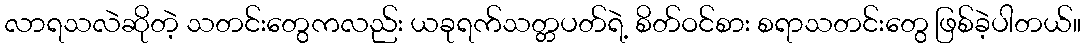
လာရသလဲဆိုတဲ့ သတင်းတွေကလည်း ယခုရက်သတ္တပတ်ရဲ့ စိတ်ဝင်စား စရာသတင်းတွေ ဖြစ်ခဲ့ပါတယ်။